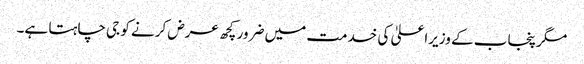
مگر پنجاب کے وزیراعلیٰ کی خدمت میں ضرور کچھ عرض کرنے کو جی چاہتا ہے۔